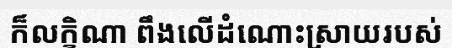
ក៏លក្ខិណា ពឹងលើដំណោះស្រាយរបស់